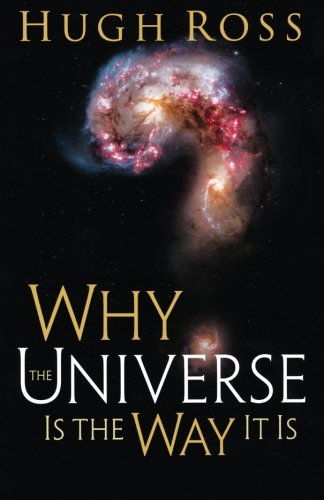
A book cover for Why the Universe Is the Way It Is; Hugh Ross; Christian Books & Bibles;